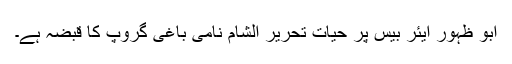
ابو ظہور ایئر بیس پر حیات تحریر الشام نامی باغی گروپ کا قبضہ ہے۔